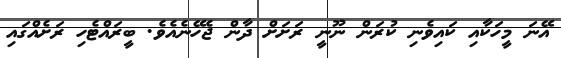
އޭނަ މީހަކާއި ކައިވެނި ކުރަން ނޫނީ ރަށަށް ދާން ޖެހޭނެއެވެ. ބީރައްޓެހި ރަށެއްގައި